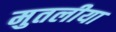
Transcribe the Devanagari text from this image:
मुतलीया